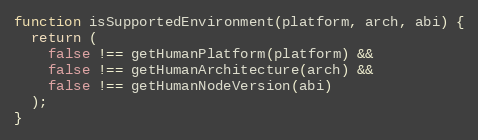
Language: JavaScript
function isSupportedEnvironment(platform, arch, abi) {
  return (
    false !== getHumanPlatform(platform) &&
    false !== getHumanArchitecture(arch) &&
    false !== getHumanNodeVersion(abi)
  );
}